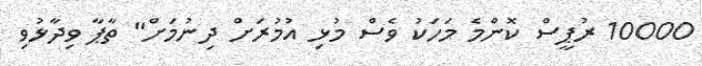
10000 ރުޕީސް ކޮންމެ މަހަކު ވެސް މުޅި އުމުރަށް ދިނުމަށް" ތާޕާ ވިދާޅުވި